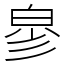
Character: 㣎